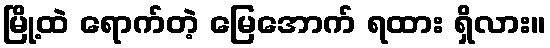
မြို့ထဲ ရောက်တဲ့ မြေအောက် ရထား ရှိလား။